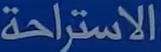
الاستراحة